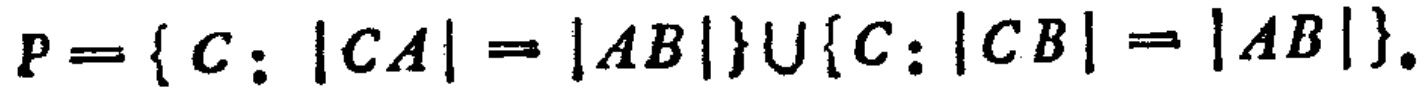
\(P = \{ C: |CA| = |AB|\} \cup \{ C: |CB| = |AB|\}.\)